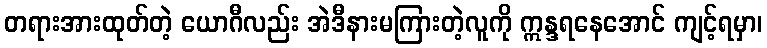
တရားအားထုတ်တဲ့ ယောဂီလည်း အဲဒီနားမကြားတဲ့လူကို ဣန္ဒရနေအောင် ကျင့်ရမှာ၊